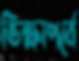
ভিক্ষাপর্বে